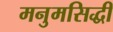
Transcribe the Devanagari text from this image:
मनुमसिद्धी